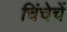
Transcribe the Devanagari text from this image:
चिंचेचें